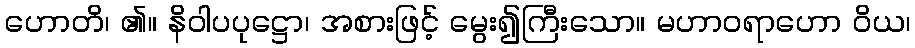
ဟောတိ၊ ၏။ နိဝါပပုဋ္ဌော၊ အစားဖြင့် မွေး၍ကြီးသော။ မဟာဝရာဟော ဝိယ၊